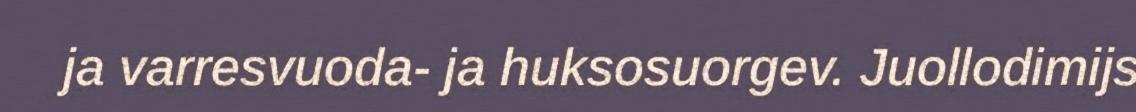
ja varresvuoda- ja huksosuorgev. Juollodimijs